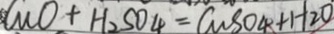
C u O + H _ { 2 } S O _ { 4 } = C w S O _ { 4 } + H _ { 2 } O